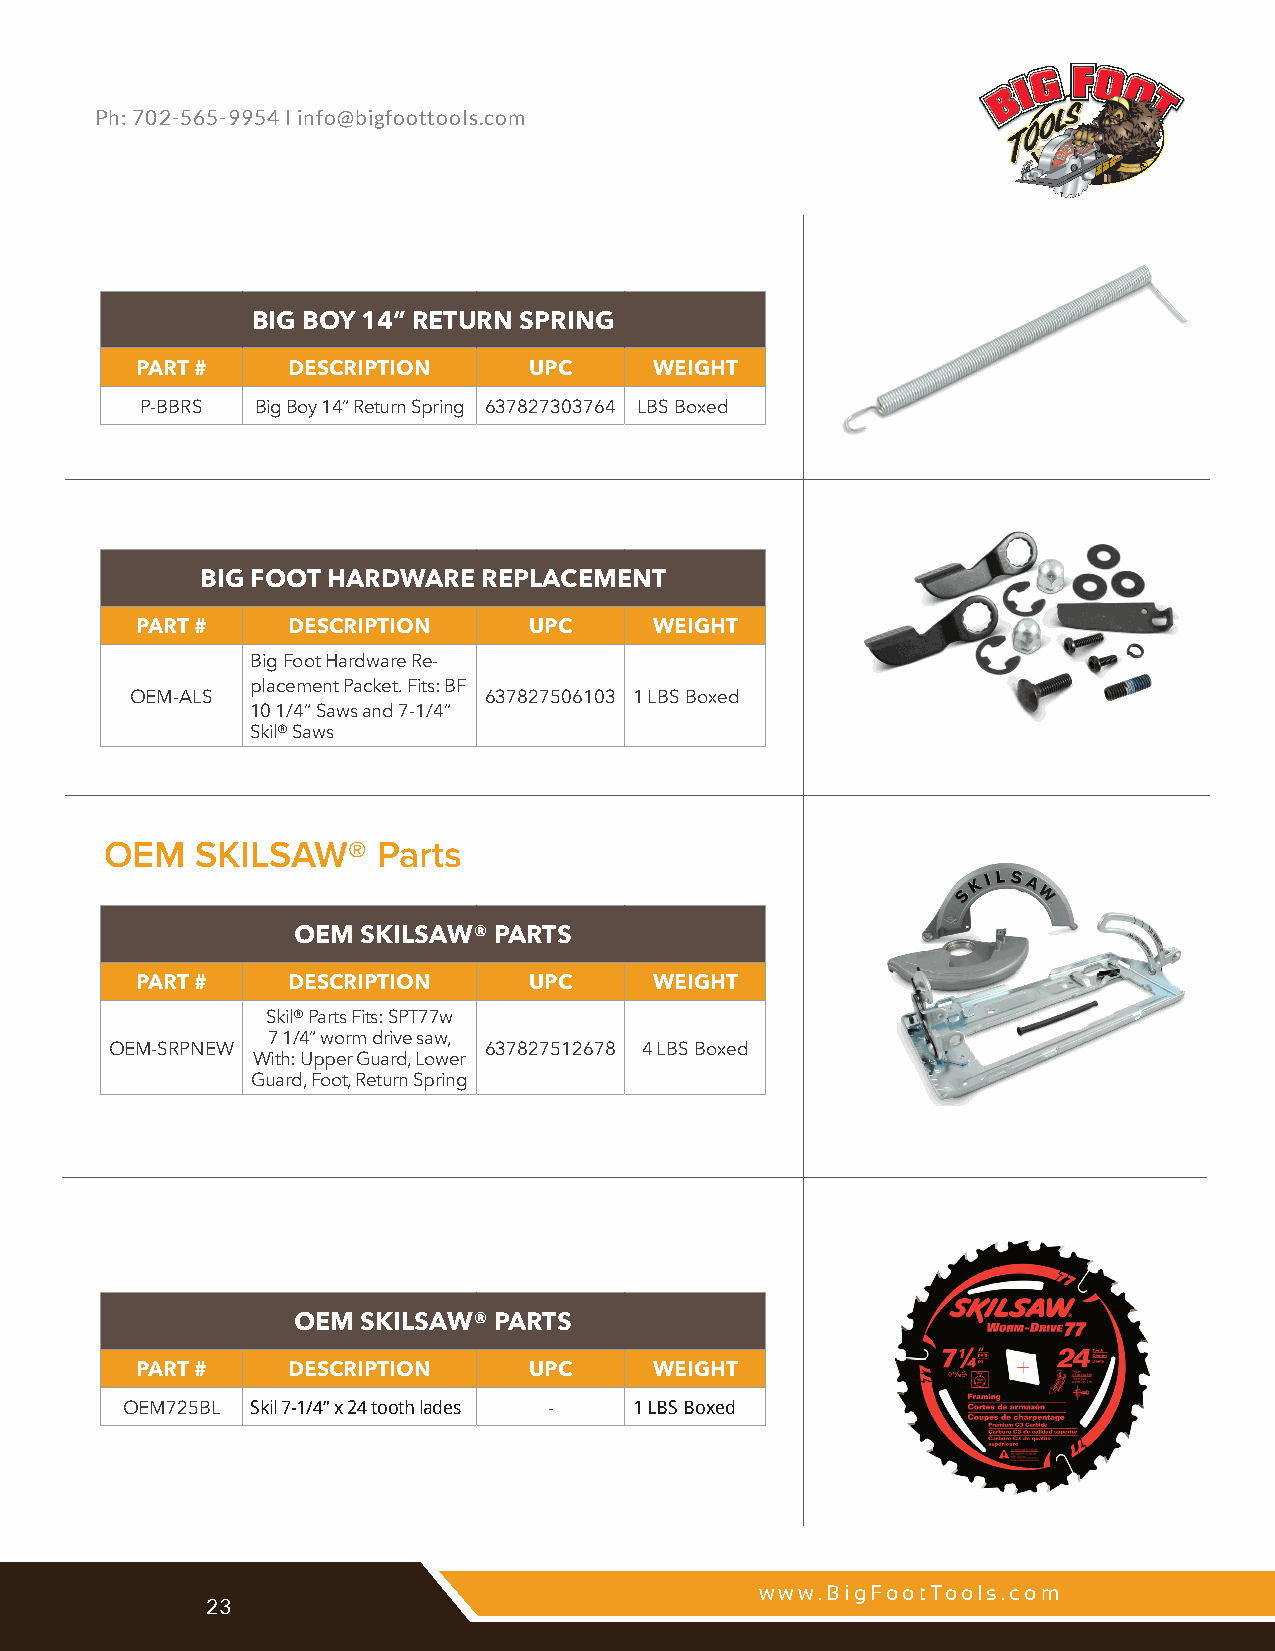
Ph: 702-565-9954 I info@bigfoottools.com
 BIG BOY 14” RETURN SPRING
 PART #    DESCRIPTION     UPC     WEIGHT
 P-BBRS  Big Boy 14” Return Spring 637827303764 LBS Boxed
 BIG FOOT HARDWARE  REPLACEMENT
 PART #    DESCRIPTION     UPC     WEIGHT
 Big Foot Hardware Re-
 placement Packet. Fits: BF
 OEM-ALS                637827506103 1 LBS Boxed
 10 1/4” Saws and 7-1/4”
 Skil® Saws
 OEM   SKILSAW®    Parts
 OEM  SKILSAW® PARTS
 PART #    DESCRIPTION     UPC     WEIGHT
 Skil® Parts Fits: SPT77w
 7 1/4” worm drive saw,
 OEM-SRPNEW               637827512678 4 LBS Boxed
 With: Upper Guard, Lower
 Guard, Foot, Return Spring
 OEM  SKILSAW® PARTS
 PART #    DESCRIPTION     UPC     WEIGHT
 OEM725BL Skil 7-1/4” x 24 tooth lades - 1 LBS Boxed
 www.BigFootTools.com                              www.BigFootTools.com
 22            23